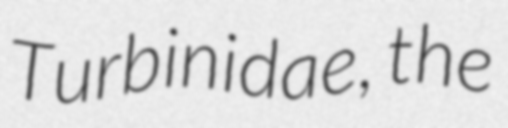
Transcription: Turbinidae, the